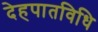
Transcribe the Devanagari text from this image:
देहपातविधि